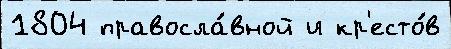
1804 правосла́вной и кр'есто́в